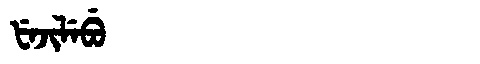
Manchu: ᡶᡝᠵᡳᠯᡝᠪᡠ
Romanization: FEJILEBU